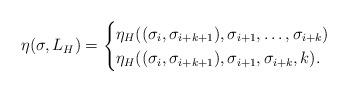
LaTeX: \begin{align*} \eta(\sigma, L_H) = \begin{cases}\eta_H((\sigma_{i},\sigma_{i+k+1}),\sigma_{i+1},\dots,\sigma_{i+k} ) \\\eta_{H} ((\sigma_{i},\sigma_{i+k+1}), \sigma_{i+1}, \sigma_{i+k}, k) . \end{cases}\end{align*}